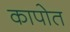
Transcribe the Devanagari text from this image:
कापोत